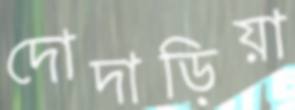
দোদাড়িয়া